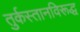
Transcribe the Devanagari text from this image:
तुर्कस्तानविरूद्ध